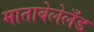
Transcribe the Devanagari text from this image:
माताबेलेलँड